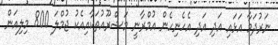
ނަރުދަމާ އަޅައި އަދި އަދި އެހެނިހެން އުމްރާނީ މަޝްރޫއުތަކާއިއެކު ޖުމްލަ 800 މިލިއަން